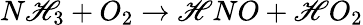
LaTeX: N\mathscr{H}_{3}+O_{2}\rightarrow\mathscr{H}NO+\mathscr{H}O_{2}